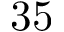
3 5